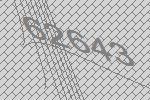
62643